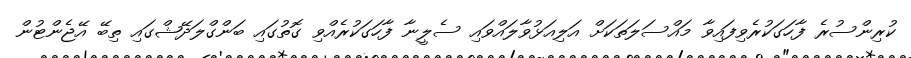
ކުރިންސުރެ ފާހަގަކުރެވިފައިވާ މައްސަލަތަކަށް އަލިއަޅުވާލައްވައި ސެލީނާ ފާހަގަކުރެއްވި ގޮތުގައި ބަންގްލަދޭޝްގައި ތިބޭ އޭޖެންޓުން